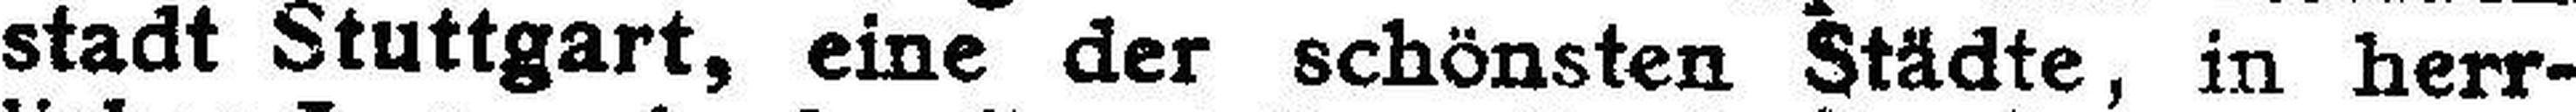
stadt Stuttgart, eine der schönsten Städte, in herr¬